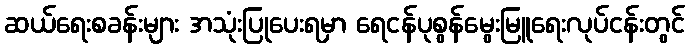
ဆယ်ရေးစခန်းများ အသုံးပြုပေးရမှာ ရေငန်ပုစွန်မွေးမြူရေးလုပ်ငန်းတွင်